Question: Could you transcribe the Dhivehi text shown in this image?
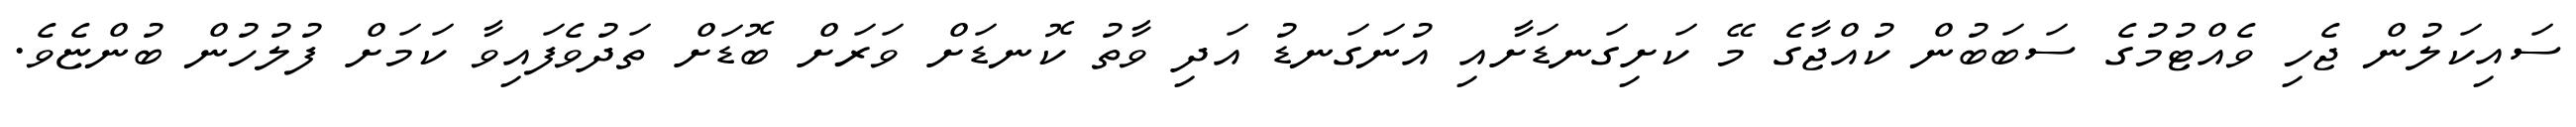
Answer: ސައިކަލުން ޖެހި ވެއްޓުމުގެ ސަބަބުން ކުއްޖާގެ މޭ ކަށިގަނޑަށާއި އުނަގަނޑު އަދި ވާތު ކޮނޑަށް ވަރަށް ބޮޑަށް ތަދުވެފައިވާ ކަމަށް ފުލުހުން ބުންޏެވެ.